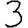
Digit: 3